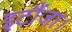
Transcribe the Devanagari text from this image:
इटौंजा।